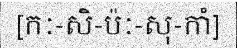
[កៈ-សិ-ប៉ៈ-សុ-កាំ]